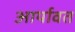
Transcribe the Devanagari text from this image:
आर्यावत